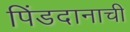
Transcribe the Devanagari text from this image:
पिंडदानाची